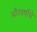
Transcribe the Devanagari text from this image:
सौरवर्षाचे